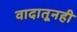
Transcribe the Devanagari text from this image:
वादातूनही